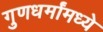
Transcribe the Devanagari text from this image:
गुणधर्मांमध्ये